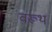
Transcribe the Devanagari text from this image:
वरूथ